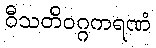
ဝီသတိဝဂ္ဂကရဏံ